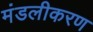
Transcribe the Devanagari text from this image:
मंडलीकरण